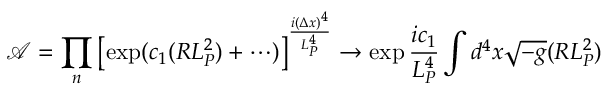
{ \mathcal A } = \prod _ { n } \left[ \exp ( c _ { 1 } ( R L _ { P } ^ { 2 } ) + \cdots ) \right] ^ { { \frac { i ( \Delta x ) ^ { 4 } } { L _ { P } ^ { 4 } } } } \to \exp { \frac { i c _ { 1 } } { L _ { P } ^ { 4 } } } \int d ^ { 4 } x \sqrt { - g } ( R L _ { P } ^ { 2 } )